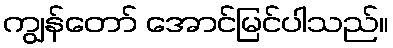
ကျွန်တော် အောင်မြင်ပါသည်။